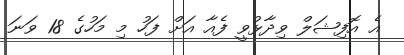
އެ އޮފިޝަލް ވިދާޅުވީ ފެއާ އަށް ފަހު މި މަހުގެ 18 ވަނަ